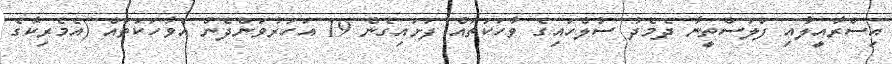
އިސްރާއީލާއި ފަލަސްތީނާ ދެމެދު ސުލްހައިގެ ވާހަކަތައް ފަށައިގެން 19 އަހަރުވަންދެން އެވާހަކަތައް (އެމެރިކާގެ